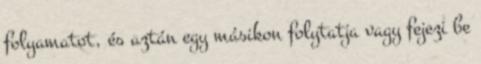
folyamatot, és aztán egy másikon folytatja vagy fejezi be